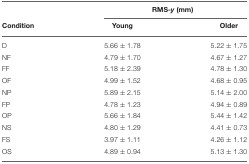
<table><thead><tr><td></td><td colspan="2"><b>RMS-<i>y</i> (mm)</b></td></tr><tr><td><b>Condition</b></td><td><b>Young</b></td><td><b>Older</b></td></tr></thead><tbody><tr><td>D</td><td>5.66 ±1.78</td><td>5.22 ±1.75</td></tr><tr><td>NF</td><td>4.79 ±1.70</td><td>4.67 ±1.27</td></tr><tr><td>FF</td><td>5.18 ±2.39</td><td>4.78 ±1.30</td></tr><tr><td>OF</td><td>4.99 ±1.52</td><td>4.68 ±0.95</td></tr><tr><td>NP</td><td>5.89 ±2.15</td><td>5.14 ±2.00</td></tr><tr><td>FP</td><td>4.78 ±1.23</td><td>4.94 ±0.89</td></tr><tr><td>OP</td><td>5.66 ±1.84</td><td>5.44 ±1.42</td></tr><tr><td>NS</td><td>4.80 ±1.29</td><td>4.41 ±0.73</td></tr><tr><td>FS</td><td>3.97 ±1.11</td><td>4.26 ±1.12</td></tr><tr><td>OS</td><td>4.89 ±0.94</td><td>5.13 ±1.30</td></tr></tbody></table>